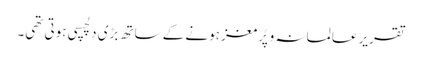
تقریر عالمانہ و پُرمغز ہونے کے ساتھ بڑی دلچسپی ہوتی تھی۔